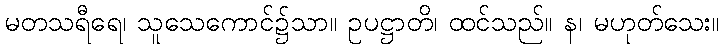
မတသရီရေ၊ သူသေကောင်၌သာ။ ဥပဋ္ဌာတိ၊ ထင်သည်။ န၊ မဟုတ်သေး။